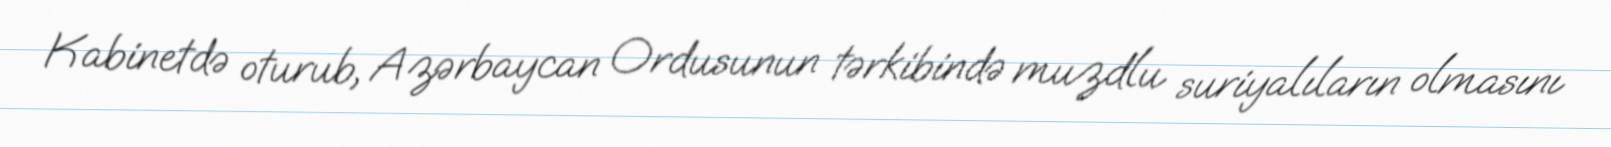
Kabinetdə oturub, Azərbaycan Ordusunun tərkibində muzdlu suriyalıların olmasını